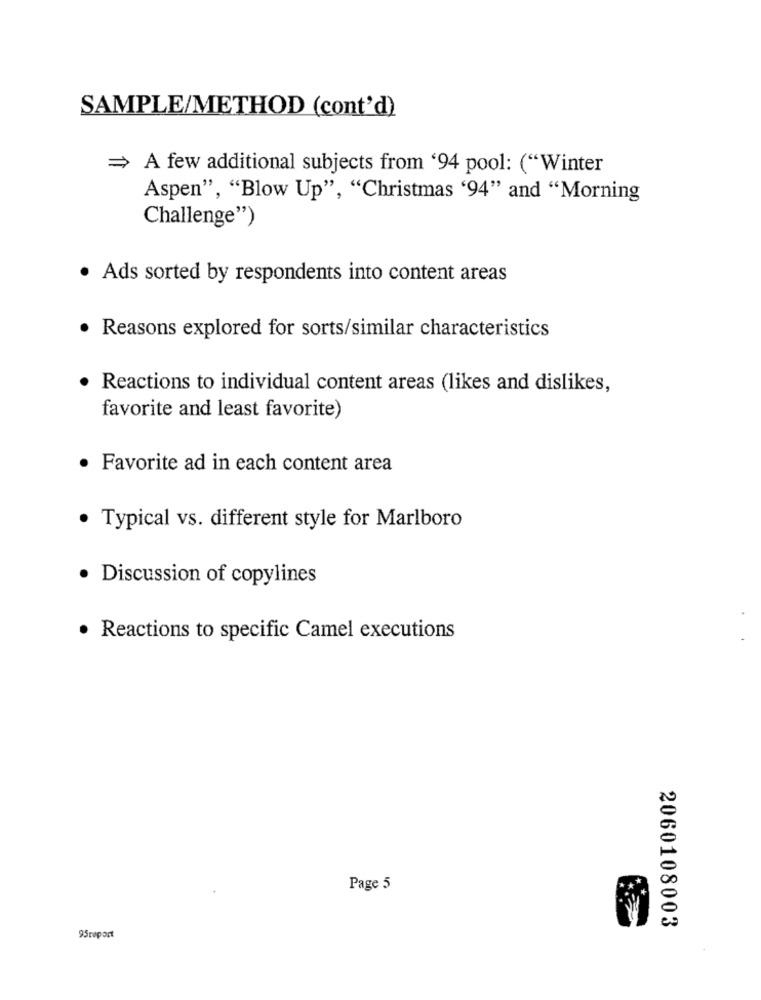
SAMPLE/METHOD (cont'd)
= A few additional subjects from '94 pool: ("Winter
Aspen", "Blow Up", "Christmas '94" and "Morning
Challenge")
· Ads sorted by respondents into content areas
Reasons explored for sorts/similar characteristics
· Reactions to individual content areas (likes and dislikes,
favorite and least favorite)
· Favorite ad in each content area
· Typical vs. different style for Marlboro
Discussion of copylines
· Reactions to specific Camel executions
Page 5
2060108003